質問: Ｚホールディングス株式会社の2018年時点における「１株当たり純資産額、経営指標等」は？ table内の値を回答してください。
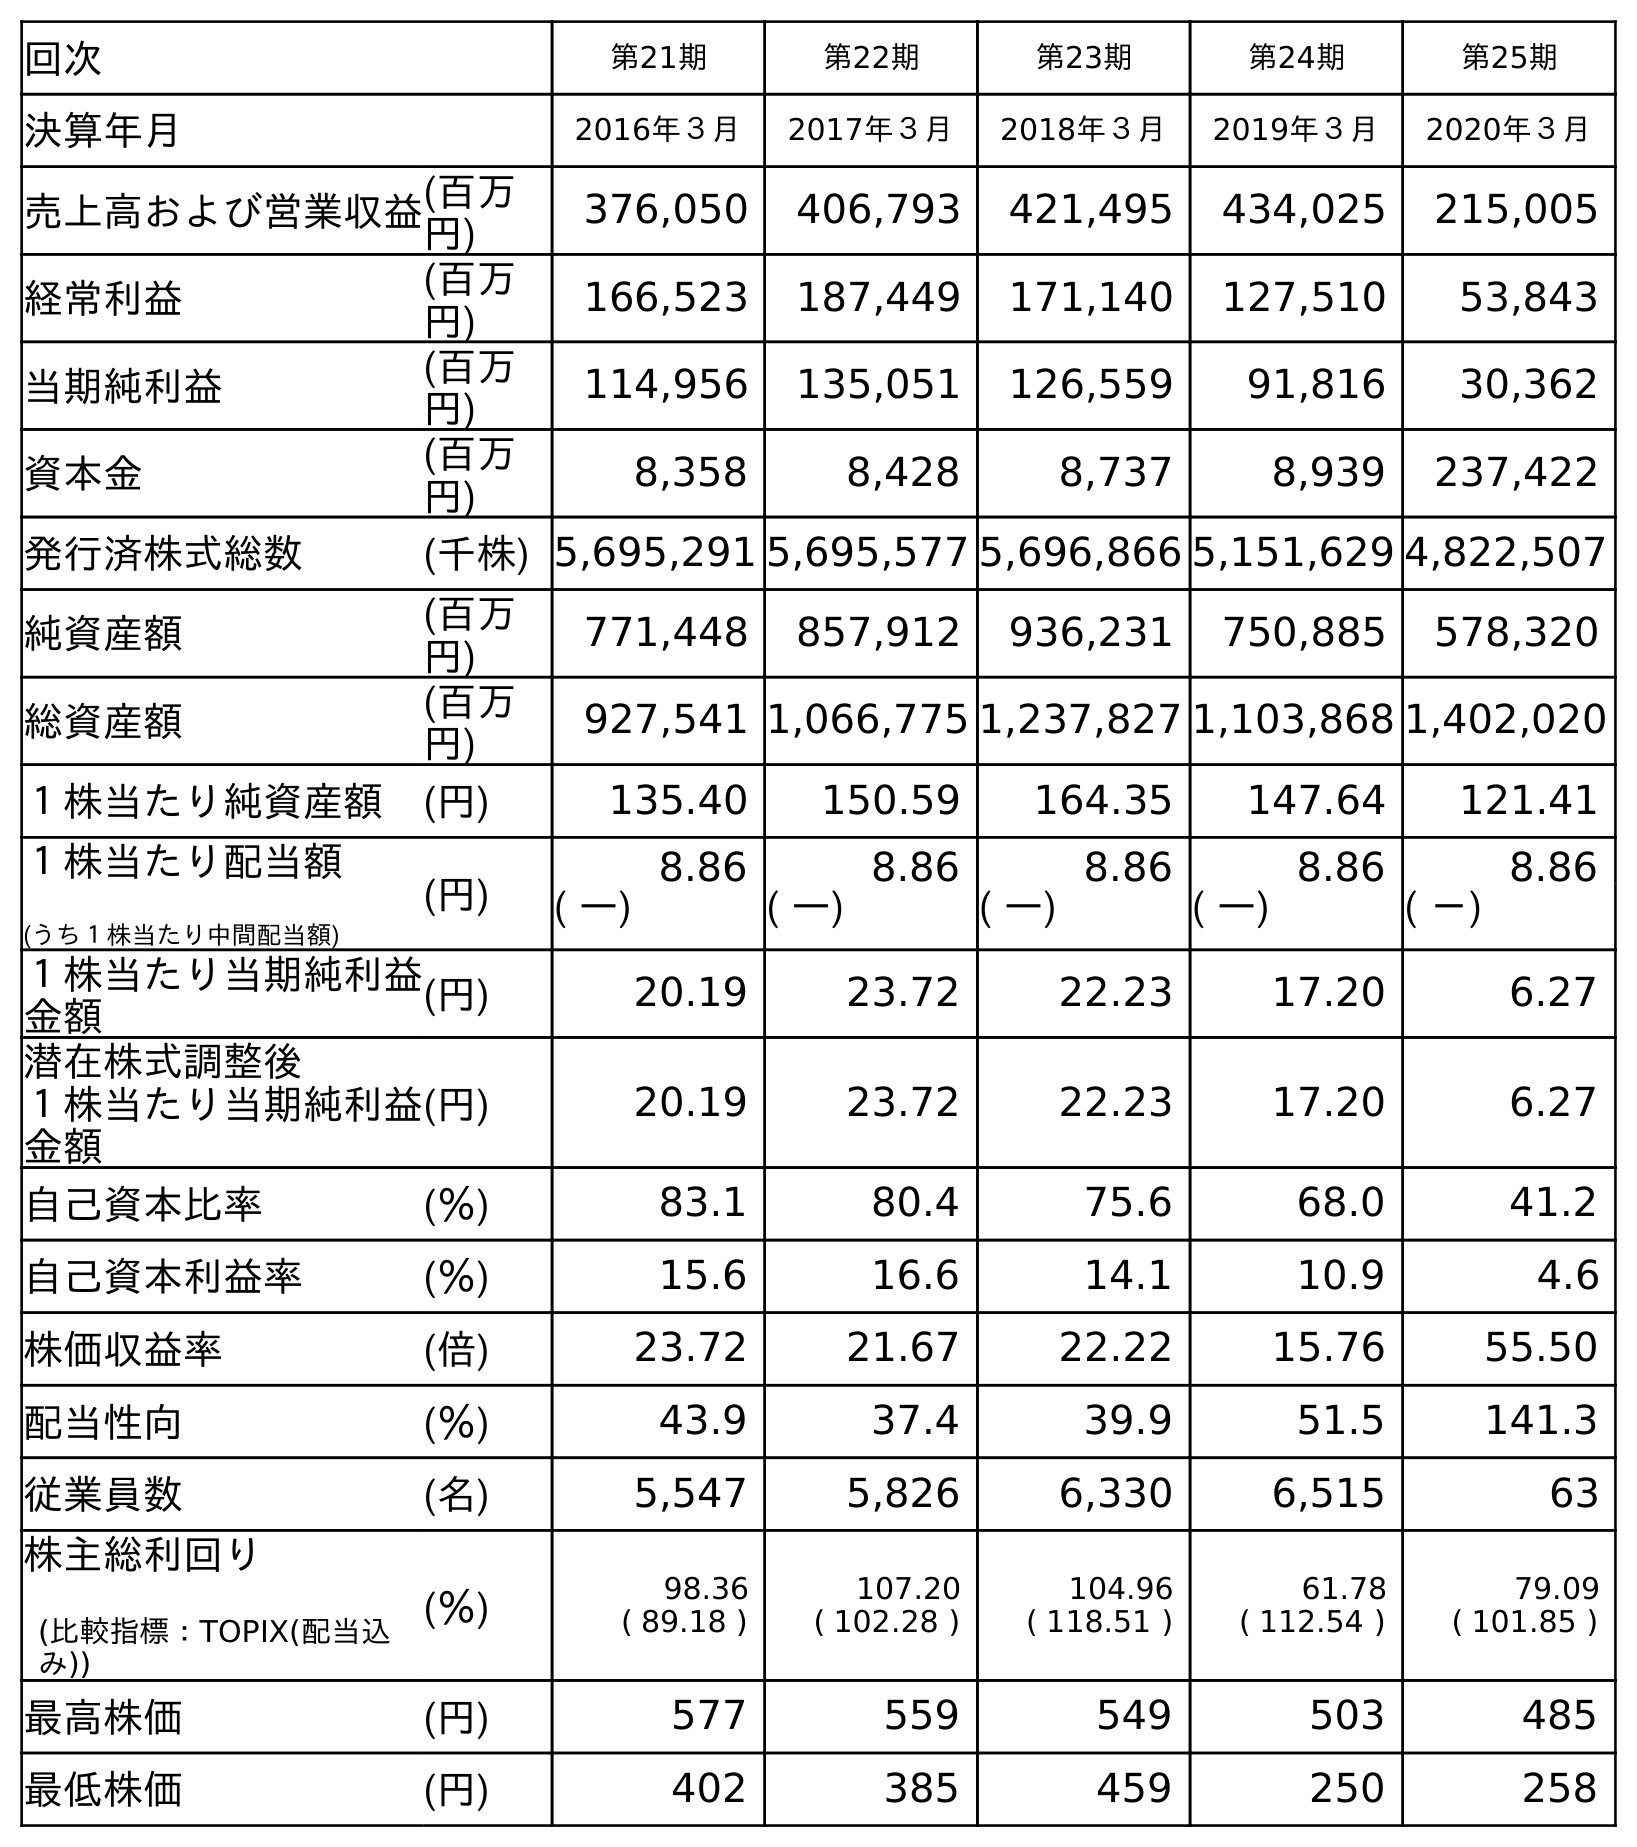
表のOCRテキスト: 回次 第21期 第22期 第23期 第24期 第25期 決算年月 2016年３月 2017年３月 2018年３月 2019年３月 2020年３月 売上高および営業収益(百万 円) 376,050 406,793 421,495 434,025 215,005 経常利益 (百万 円) 166,523 187,449 171,140 127,510 53,843 当期純利益 (百万 円) 114,956 135,051 126,559 91,816 30,362 資本金 (百万 円) 8,358 8,428 8,737 8,939 237,422 発行済株式総数 (千株) 5,695,291 5,695,577 5,696,866 5,151,629 4,822,507 純資産額 (百万 円) 771,448 857,912 936,231 750,885 578,320 総資産額 (百万 円) 927,541 1,066,775 1,237,827 1,103,868 1,402,020 １株当たり純資産額 (円) 135.40 150.59 164.35 147.64 121.41 １株当たり配当額 (うち１株当たり中間配当額) (円) 8.86 8.86 8.86 8.86 8.86 ( ―) ( ―) ( ―) ( ―) ( －) １株当たり当期純利益 金額 (円) 20.19 23.72 22.23 17.20 6.27 潜在株式調整後 １株当たり当期純利益 金額 (円) 20.19 23.72 22.23 17.20 6.27 自己資本比率 (％) 83.1 80.4 75.6 68.0 41.2 自己資本利益率 (％) 15.6 16.6 14.1 10.9 4.6 株価収益率 (倍) 23.72 21.67 22.22 15.76 55.50 配当性向 (％) 43.9 37.4 39.9 51.5 141.3 従業員数 (名) 5,547 5,826 6,330 6,515 63 株主総利回り (比較指標：TOPIX(配当込 み)) (％) 98.36 ( 89.18 ) 107.20 ( 102.28 ) 104.96 ( 118.51 ) 61.78 ( 112.54 ) 79.09 ( 101.85 ) 最高株価 (円) 577 559 549 503 485 最低株価 (円) 402 385 459 250 258
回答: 164.35